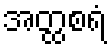
အတ္ထစရံ